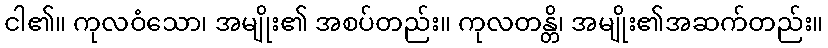
ငါ၏။ ကုလဝံသော၊ အမျိုး၏ အစပ်တည်း။ ကုလတန္တိ၊ အမျိုး၏အဆက်တည်း။